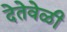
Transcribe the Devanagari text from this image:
देतेवेळी